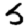
Digit: 5